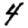
Digit: 4